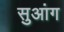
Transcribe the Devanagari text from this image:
सुआंग